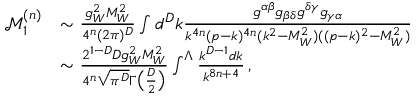
\begin{array} { r l } { \mathcal { M } _ { 1 } ^ { ( n ) } } & { \sim \frac { g _ { W } ^ { 2 } M _ { W } ^ { 2 } } { 4 ^ { n } ( 2 \pi ) ^ { D } } \int d ^ { D } k \frac { g ^ { \alpha \beta } g _ { \beta \delta } g ^ { \delta \gamma } g _ { \gamma \alpha } } { k ^ { 4 n } ( p - k ) ^ { 4 n } ( k ^ { 2 } - M _ { W } ^ { 2 } ) ( ( p - k ) ^ { 2 } - M _ { W } ^ { 2 } ) } } \\ & { \sim \frac { 2 ^ { 1 - D } D g _ { W } ^ { 2 } M _ { W } ^ { 2 } } { 4 ^ { n } \sqrt { \pi ^ { D } } \Gamma \big ( \frac { D } { 2 } \big ) } \int ^ { \Lambda } \frac { k ^ { D - 1 } d k } { k ^ { 8 n + 4 } } \, , } \end{array}